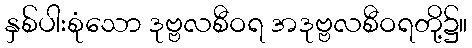
နှစ်ပါးစုံသော ဒုဗ္ဗလစီဝရ အဒုဗ္ဗလစီဝရတို့၌။